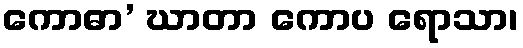
ကောဓာ’ ဃာတာ ကောပ ရောသာ၊